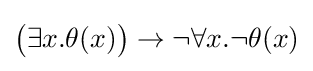
{\big (}\exists x.\theta (x){\big )}\to \neg \forall x.\neg \theta (x)